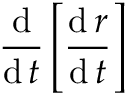
{ \frac { \operatorname { d } } { \operatorname { d } t } } \left[ { \frac { \operatorname { d } { \boldsymbol { r } } } { \operatorname { d } t } } \right]